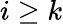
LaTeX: i\geq k